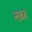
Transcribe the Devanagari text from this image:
नब़्ज